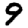
Digit: 9